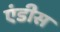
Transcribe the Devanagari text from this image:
एंडीस